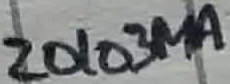
Text: Z0103MA